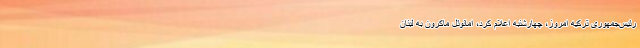
رئیس‌جمهوری ترکیه امروز، چهارشنبه اعلام کرد، امانوئل ماکرون به لبنان